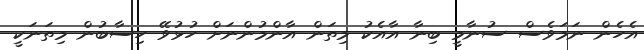
އެހެން ނަމަވެސް ސުނާމީ ބިނާ އާއެކު މިތަން އާންމުންނަށް ހުޅުވޭ ހިސާބުން މިތަނަކީ